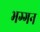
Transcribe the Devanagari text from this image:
भग्गन